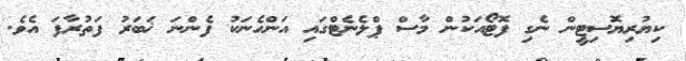
ކިޔުރިޔޮސިޓީން ނެގި ފޮޓޯއަކުން މާސް ޕްލެނެޓްގައި އަންހެނަކު ފެންނަ ޚަބަރު ފަތުރާފަ އެވެ.